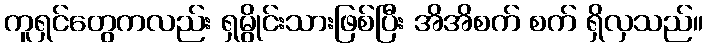
ကူရှင်တွေကလည်း ရှမွိုင်းသားဖြစ်ပြီး အိအိစက် စက် ရှိလှသည်။